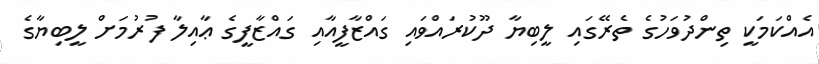
އެއްކަމަކީ ތިންދުވަހުގެ ތެރޭގައި ލީބިޔާ ދޫކުރައްވައި ގައްޒާފީއާއި ގައްޒާފީގެ ޢާއިލާ ފުރުމަށް ލީބިޔާގެ